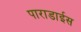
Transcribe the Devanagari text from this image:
पाराडाईस